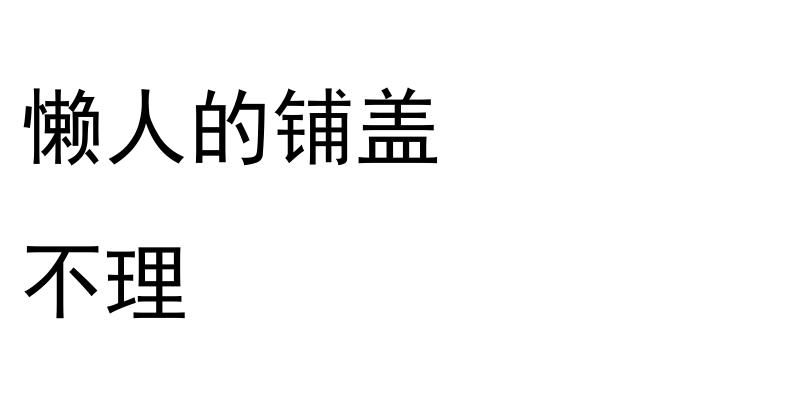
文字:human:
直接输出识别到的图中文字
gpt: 懒人的铺盖 不理